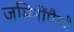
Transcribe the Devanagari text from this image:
जमिनींपैकी